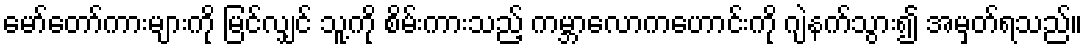
မော်တော်ကားများကို မြင်လျှင် သူ့ကို စိမ်းကားသည့် ကမ္ဘာလောကဟောင်းကို ဂျဲနက်သွား၍ အမှတ်ရသည်။